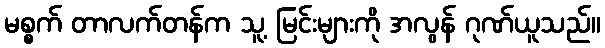
မစ္စက် တာလက်တန်က သူ့ မြင်းများကို အလွန် ဂုဏ်ယူသည်။